Civil Veterinary Department ledger series I-VI
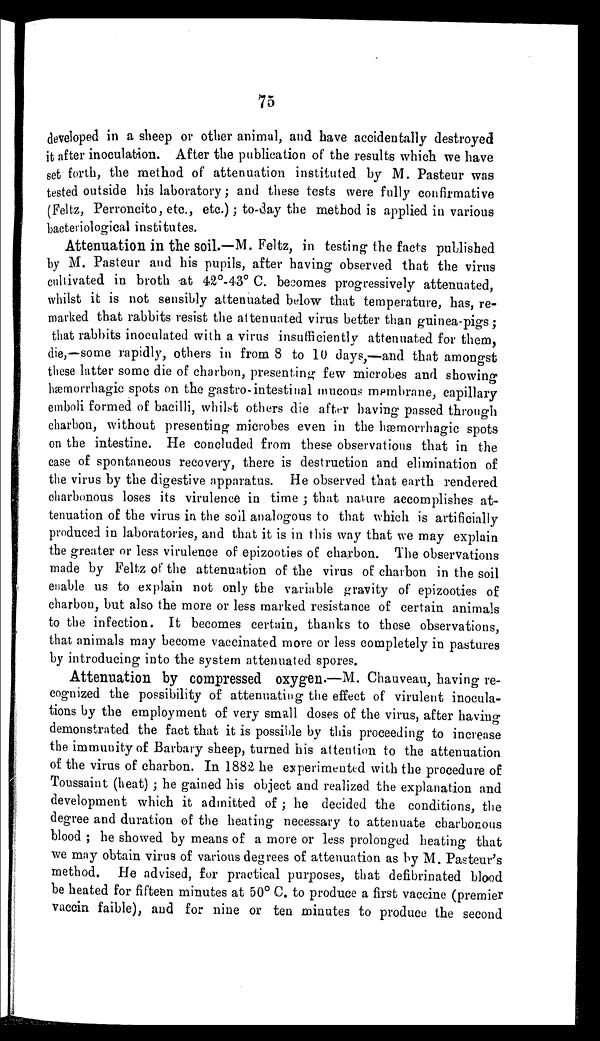
75
developed in a sheep or other animal, and have accidentally destroyed
it after inoculation. After the publication of the results which we have
set forth, the method of attenuation instituted by M. Pasteur was
tested outside his laboratory; and these tests were fully confirmative
(Feltz, Perroncito, etc., etc.); to-day the method is applied in various
bacteriological institutes.
Attenuation in the soil.—M. Feltz, in testing the facts published
by M. Pasteur and his pupils, after having observed that the virus
cultivated in broth at 42°-43° C. becomes progressively attenuated,
whilst it is not sensibly attenuated below that temperature, has, re-
marked that rabbits resist the attenuated virus better than guinea-pigs;
that rabbits inoculated with a virus insufficiently attenuated for them,
die,—some rapidly, others in from 8 to 10 days,—and that amongst
these latter some die of charbon, presenting few microbes and showing
hæmorrhagic spots on the gastro-intestinal mucous membrane, capillary
emboli formed of bacilli, whilst others die after having passed through
charbon, without presenting microbes even in the hæmorrhagic spots
on the intestine. He concluded from these observations that in the
case of spontaneous recovery, there is destruction and elimination of
the virus by the digestive apparatus. He observed that earth rendered
charbonous loses its virulence in time ; that nature accomplishes at-
tenuation of the virus in the soil analogous to that which is artificially
produced in laboratories, and that it is in this way that we may explain
the greater or less virulence of epizooties of charbon. The observations
made by Feltz of the attenuation of the virus of charbon in the soil
enable us to explain not only the variable gravity of epizooties of
charbon, but also the more or less marked resistance of certain animals
to the infection. It becomes certain, thanks to these observations,
that animals may become vaccinated more or less completely in pastures
by introducing into the system attenuated spores.
Attenuation by compressed oxygen.—M. Chauveau, having re-
cognized the possibility of attenuating the effect of virulent inocula-
tions by the employment of very small doses of the virus, after having
demonstrated the fact that it is possible by this proceeding to increase
the immunity of Barbary sheep, turned his attention to the attenuation
of the virus of charbon. In 1882 he experimented with the procedure of
Toussaint (heat) ; he gained his object and realized the explanation and
development which it admitted of ; he decided the conditions, the
degree and duration of the heating necessary to attenuate charbonous
blood ; he showed by means of a more or less prolonged heating that
we may obtain virus of various degrees of attenuation as by M. Pasteur's
method. He advised, for practical purposes, that defibrinated blood
be heated for fifteen minutes at 50° C. to produce a first vaccine (premier
vaccin faible), and for nine or ten minutes to produce the second